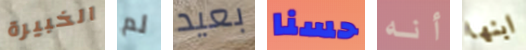
الخبيرة لم بعيد حسنا أنه ابنها